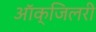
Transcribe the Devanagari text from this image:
आॅक्जिलरी